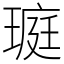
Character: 𤧻